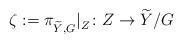
LaTeX: \begin{align*}\zeta:=\pi^{\ }_{{\widetilde Y}, G}|^{\ }_Z\colon Z\to {\widetilde Y}/G\end{align*}